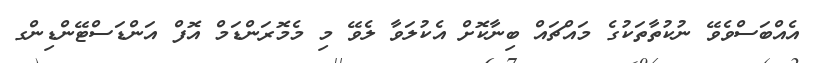
އެއްބަސްވެވޭ ނުކުތާތަކުގެ މައްޗައް ބިނާކޮށް އެކުލަވާ ލެވޭ މި މެމޮރަންޑަމް އޮފް އަންޑަސްޓޭންޑިންގ